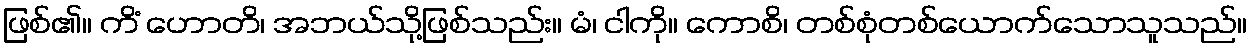
ဖြစ်၏။ ကိံ ဟောတိ၊ အဘယ်သို့ဖြစ်သည်း။ မံ၊ ငါကို။ ကောစိ၊ တစ်စုံတစ်ယောက်သောသူသည်။